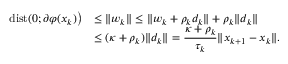
\begin{array} { l l } { \mathrm { d i s t } ( 0 ; \partial \varphi ( x _ { k } ) \big ) } & { \leq \| w _ { k } \| \leq \| w _ { k } + \rho _ { k } d _ { k } \| + \rho _ { k } \| d _ { k } \| } \\ & { \leq ( \kappa + \rho _ { k } ) \| d _ { k } \| = \displaystyle \frac { \kappa + \rho _ { k } } { \tau _ { k } } \| x _ { k + 1 } - x _ { k } \| . } \end{array}